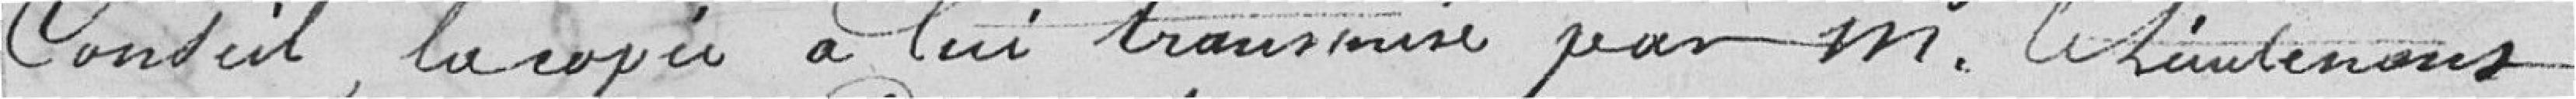
Conseil, la copie à lui transmise par M. le lieutenant